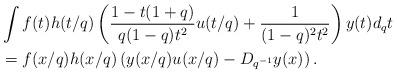
LaTeX: \begin{align*} &\int f(t) h(t/q) \left(\frac{1-t(1+q)}{q (1-q)t^2} u(t/q) +\frac{1}{(1-q)^2 t^2} \right)y(t) d_qt \\& =f(x/q) h(x/q) \left(y(x/q) u(x/q)- D_{q^{-1}}y(x)\right). \end{align*}